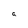
Character: a